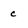
Character: c